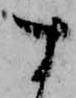
す